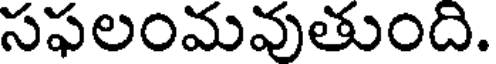
సఫలంమవుతుంది.